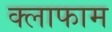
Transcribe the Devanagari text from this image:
क्लाफाम